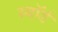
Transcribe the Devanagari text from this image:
स्वाॅर्ड